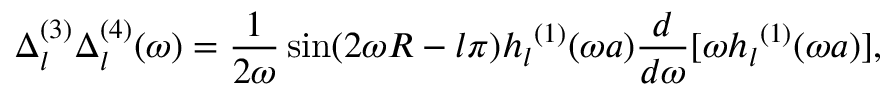
\Delta _ { l } ^ { ( 3 ) } \Delta _ { l } ^ { ( 4 ) } ( \omega ) = \frac { 1 } { 2 \omega } \sin ( 2 \omega R - l \pi ) { h _ { l } } ^ { ( 1 ) } ( \omega a ) { \frac { d } { d \omega } } [ \omega { h _ { l } } ^ { ( 1 ) } ( \omega a ) ] ,